Calcutta medical institutions reports 1871-78
Year: 1871
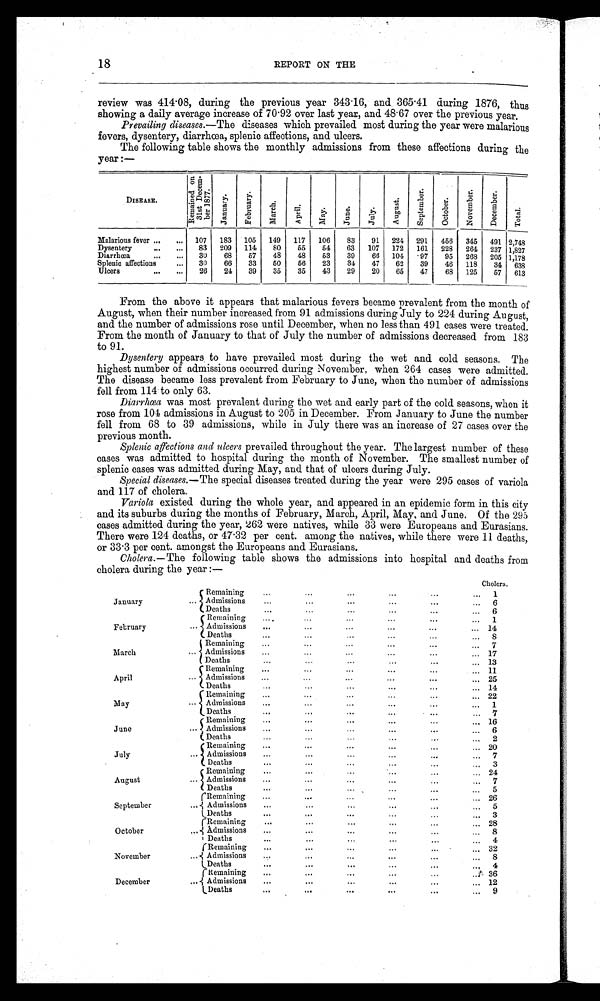
18
REPORT ON THE
review was 414.08, during the previous year 343.16, and. 365.41 during 1876, thus
showing a daily average increase of 70.92 over last year, and 48 . 67 over the previous year.
Prevailing diseases .—The diseases which prevailed most during the year were malarious
fevers, dysentery, diarrhœa, splenic affections, and ulcers.
The following table shows the monthly admissions from these affections during the
year:—
DISEASE.
R e m a i n e d o n 3 1 s t D e c e m - b e r 1 8 7 7 .
J a n u a r y .
F e b r u a r y .
M a r c h .
A p r i l .
M a y .
J u n e .
J u l y .
A u g u s t .
S e p t e m b e r .
O c t o b e r .
N o v e m b e r .
D e c e m b e r .
T o t a l .
Malarious fever
107
183
105
149
117
106
83
91
224
291
456
345
491 2,748
Dysentery
83
'209
114
80
55
54
63
107
172
161
228
264
237 1,827
Diarrhœa
30
68
57
48
48
53
39
6 6 104
9 7
95
2 6 8 205 1,178
Splenic affections
3 0
66
33
50
5 6
23
34
47
62
39
46
118
34
638
Ulcers
26
24
39
35
35
43
29
20
65
47
68
125
57
613
From the above it appears that malarious fevers became prevalent from the month of
August, when their number increased from 91 admissions during July to 224 during August,
and the number of admissions rose until December, when no less than 491 cases were treated.
From the month of January to that of July the number of admissions decreased from 183
to 91.
Dysentery appears to have prevailed most during the wet and cold seasons. The
highest number of admissions occurred during November, when 264 cases were admitted.
The disease became less prevalent from February to June, when the number of admissions
fell from 114 to only 63.
Diarrhœa was most prevalent during the wet and early part of the cold seasons, when it
rose from 104 admissions in August to 205 in December. From January to June the number
fell from 68 to 39 admissions, while in July there was an increase of 27 cases over the
previous month.
Splenic affections and Ulcers prevailed throughout the year. The largest number of these
cases was admitted to hospital during the month of November. The smallest number of
splenic cases was admitted during May, and that of ulcers during July.
Special diseases .—The special diseases treated during the year were 295 cases of variola
and 117 of cholera.
Variola existed during the whole year, and appeared in an epidemic form in this city
and its suburbs during the months of February, March, April, May, and June. Of the 295
cases admitted during the year, 262 were natives, while 33 were Europeans and Eurasians.
There were 124 deaths, or 47.32 per cent. among the natives, while there were 11 deaths,
or 33.3 per cent. amongst the Europeans and Eurasians.
Cholera .—The following table shows the admissions into hospital and deaths from
cholera during the year:—
Cholera.
January
Remaining
1
Admissions
6
Deaths
6
F ebruary
Remaining
1
Admissions
14
Deaths
8
March
Remaining
7
Admissions
17
Deaths
13
April
Remaining
11
Admissions
2 5
D eaths
14
May
Remaining
2 2
Admissions
1
Deaths
7
June.
R emainin
16
Admissions
6
Deaths
2
July
Remaining
20
Admissions
7
Deaths
3
August
Remaining
24
Admissions
7
Deaths
5
September
Remaining
26
Admissions
5
D e a t h s
3
October
Remaining
28
Admissions
8
Death
4
November
Remaining
32
Admissions
8
Deaths
4
December
Remaining
36
Admissions
12
Deaths
9